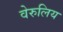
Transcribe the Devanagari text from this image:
वेरुलिय